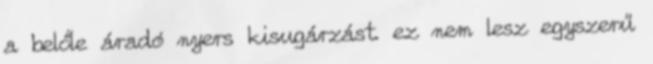
a belőle áradó nyers kisugárzást. ez nem lesz egyszerű